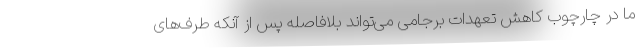
ما در چارچوب کاهش تعهدات برجامی می‌تواند بلافاصله پس از آنکه طرف‌های